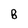
Character: 8